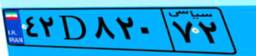
۶۴D۱۲۴۷۸